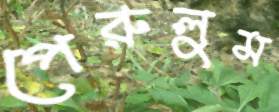
পেরুলুম